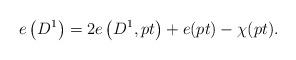
LaTeX: \begin{align*}e\left(D^1\right)=2e\left(D^1,pt\right)+e(pt)-\chi(pt).\end{align*}